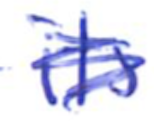
Text: its
Cross-out: scratch
Writing tool: ballpoint